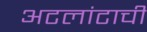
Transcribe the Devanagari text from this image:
अटलांटाची